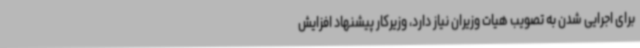
برای اجرایی شدن به تصویب هیات وزیران نیاز دارد، وزیرکار پیشنهاد افزایش